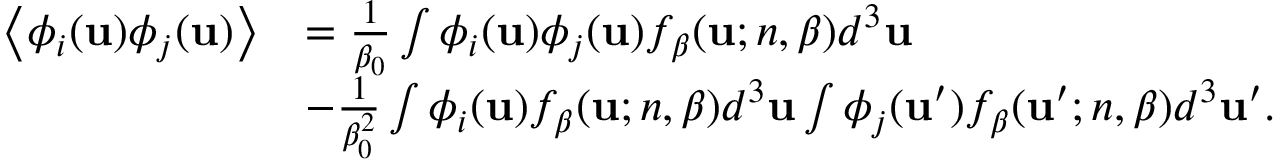
\begin{array} { r l } { \left< \phi _ { i } ( \mathbf { u } ) \phi _ { j } ( \mathbf { u } ) \right> } & { = \frac { 1 } { \beta _ { 0 } } \int \phi _ { i } ( \mathbf { u } ) \phi _ { j } ( \mathbf { u } ) f _ { \boldsymbol { \beta } } ( \mathbf { u } ; n , \boldsymbol { \beta } ) d ^ { 3 } \mathbf { u } } \\ & { - \frac { 1 } { \beta _ { 0 } ^ { 2 } } \int \phi _ { i } ( \mathbf { u } ) f _ { \boldsymbol { \beta } } ( \mathbf { u } ; n , \boldsymbol { \beta } ) d ^ { 3 } \mathbf { u } \int \phi _ { j } ( \mathbf { u } ^ { \prime } ) f _ { \boldsymbol { \beta } } ( \mathbf { u } ^ { \prime } ; n , \boldsymbol { \beta } ) d ^ { 3 } \mathbf { u } ^ { \prime } . } \end{array}